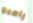
رامبو